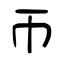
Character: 帀